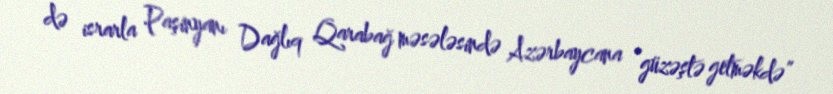
də israrla Paşinyanı Dağlıq Qarabağ məsələsində Azərbaycana “güzəştə getməkdə”